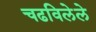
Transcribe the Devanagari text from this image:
चढविलेले